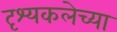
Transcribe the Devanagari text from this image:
दृश्यकलेच्या